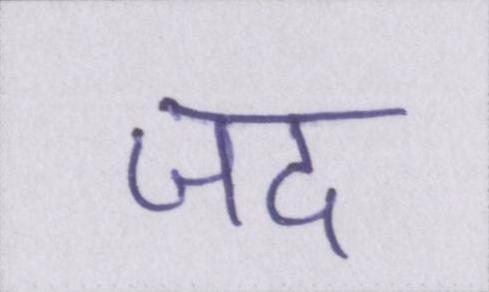
जद